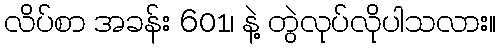
လိပ်စာ အခန်း 601၊ နဲ့ တွဲလုပ်လိုပါသလား။